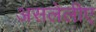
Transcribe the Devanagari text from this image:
असलेलीए